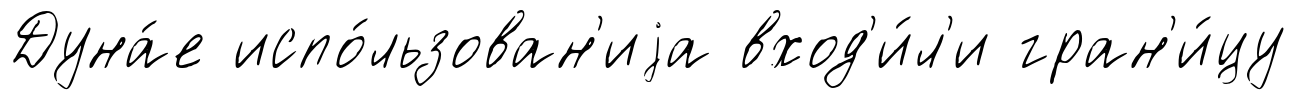
Дуна́е испо́льзован'иjа вход'и́л'и гран'и́цу